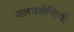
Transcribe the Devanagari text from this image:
वलयश्रेणियाँ